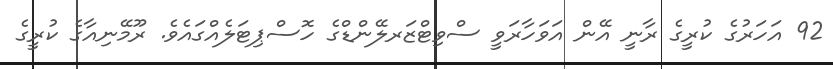
92 އަހަރުގެ ކުރީގެ ރާނީ އޭން އަވަހާރަވީ ސްވިޓްޒަރލޭންޑްގެ ހޮސްޕިޓަލެއްގައެވެ. ރޫމޭނިއާގެ ކުރީގެ